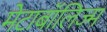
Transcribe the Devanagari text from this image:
मेटाबॉलिज्म